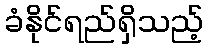
ခံနိုင်ရည်ရှိသည့်